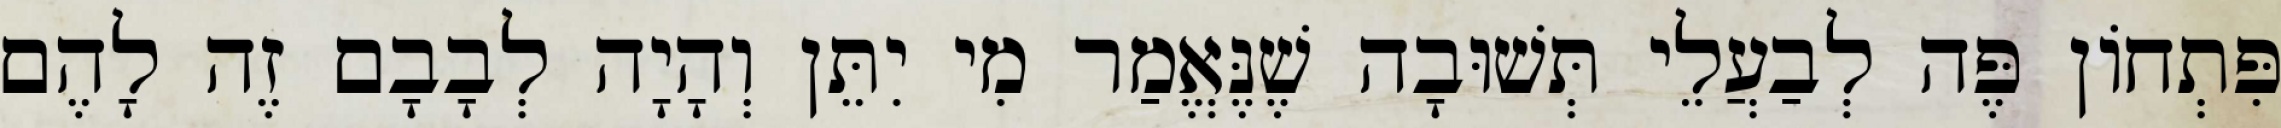
פִּתְחוֹן פֶּה לְבַעֲלֵי תְּשׁוּבָה שֶׁנֶּאֱמַר מִי יִתֵּן וְהָיָה לְבָבָם זֶה לָהֶם